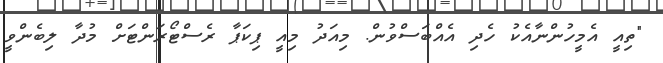
"ތިއީ އެމީހުންނާއެކު ހެދި އެއްބަސްވުން. މިއަދު މިއީ ޕިކަޕާ ރެސްޓޯރަންޓަށް މުދާ ލިބެންވީ